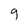
Character: 9